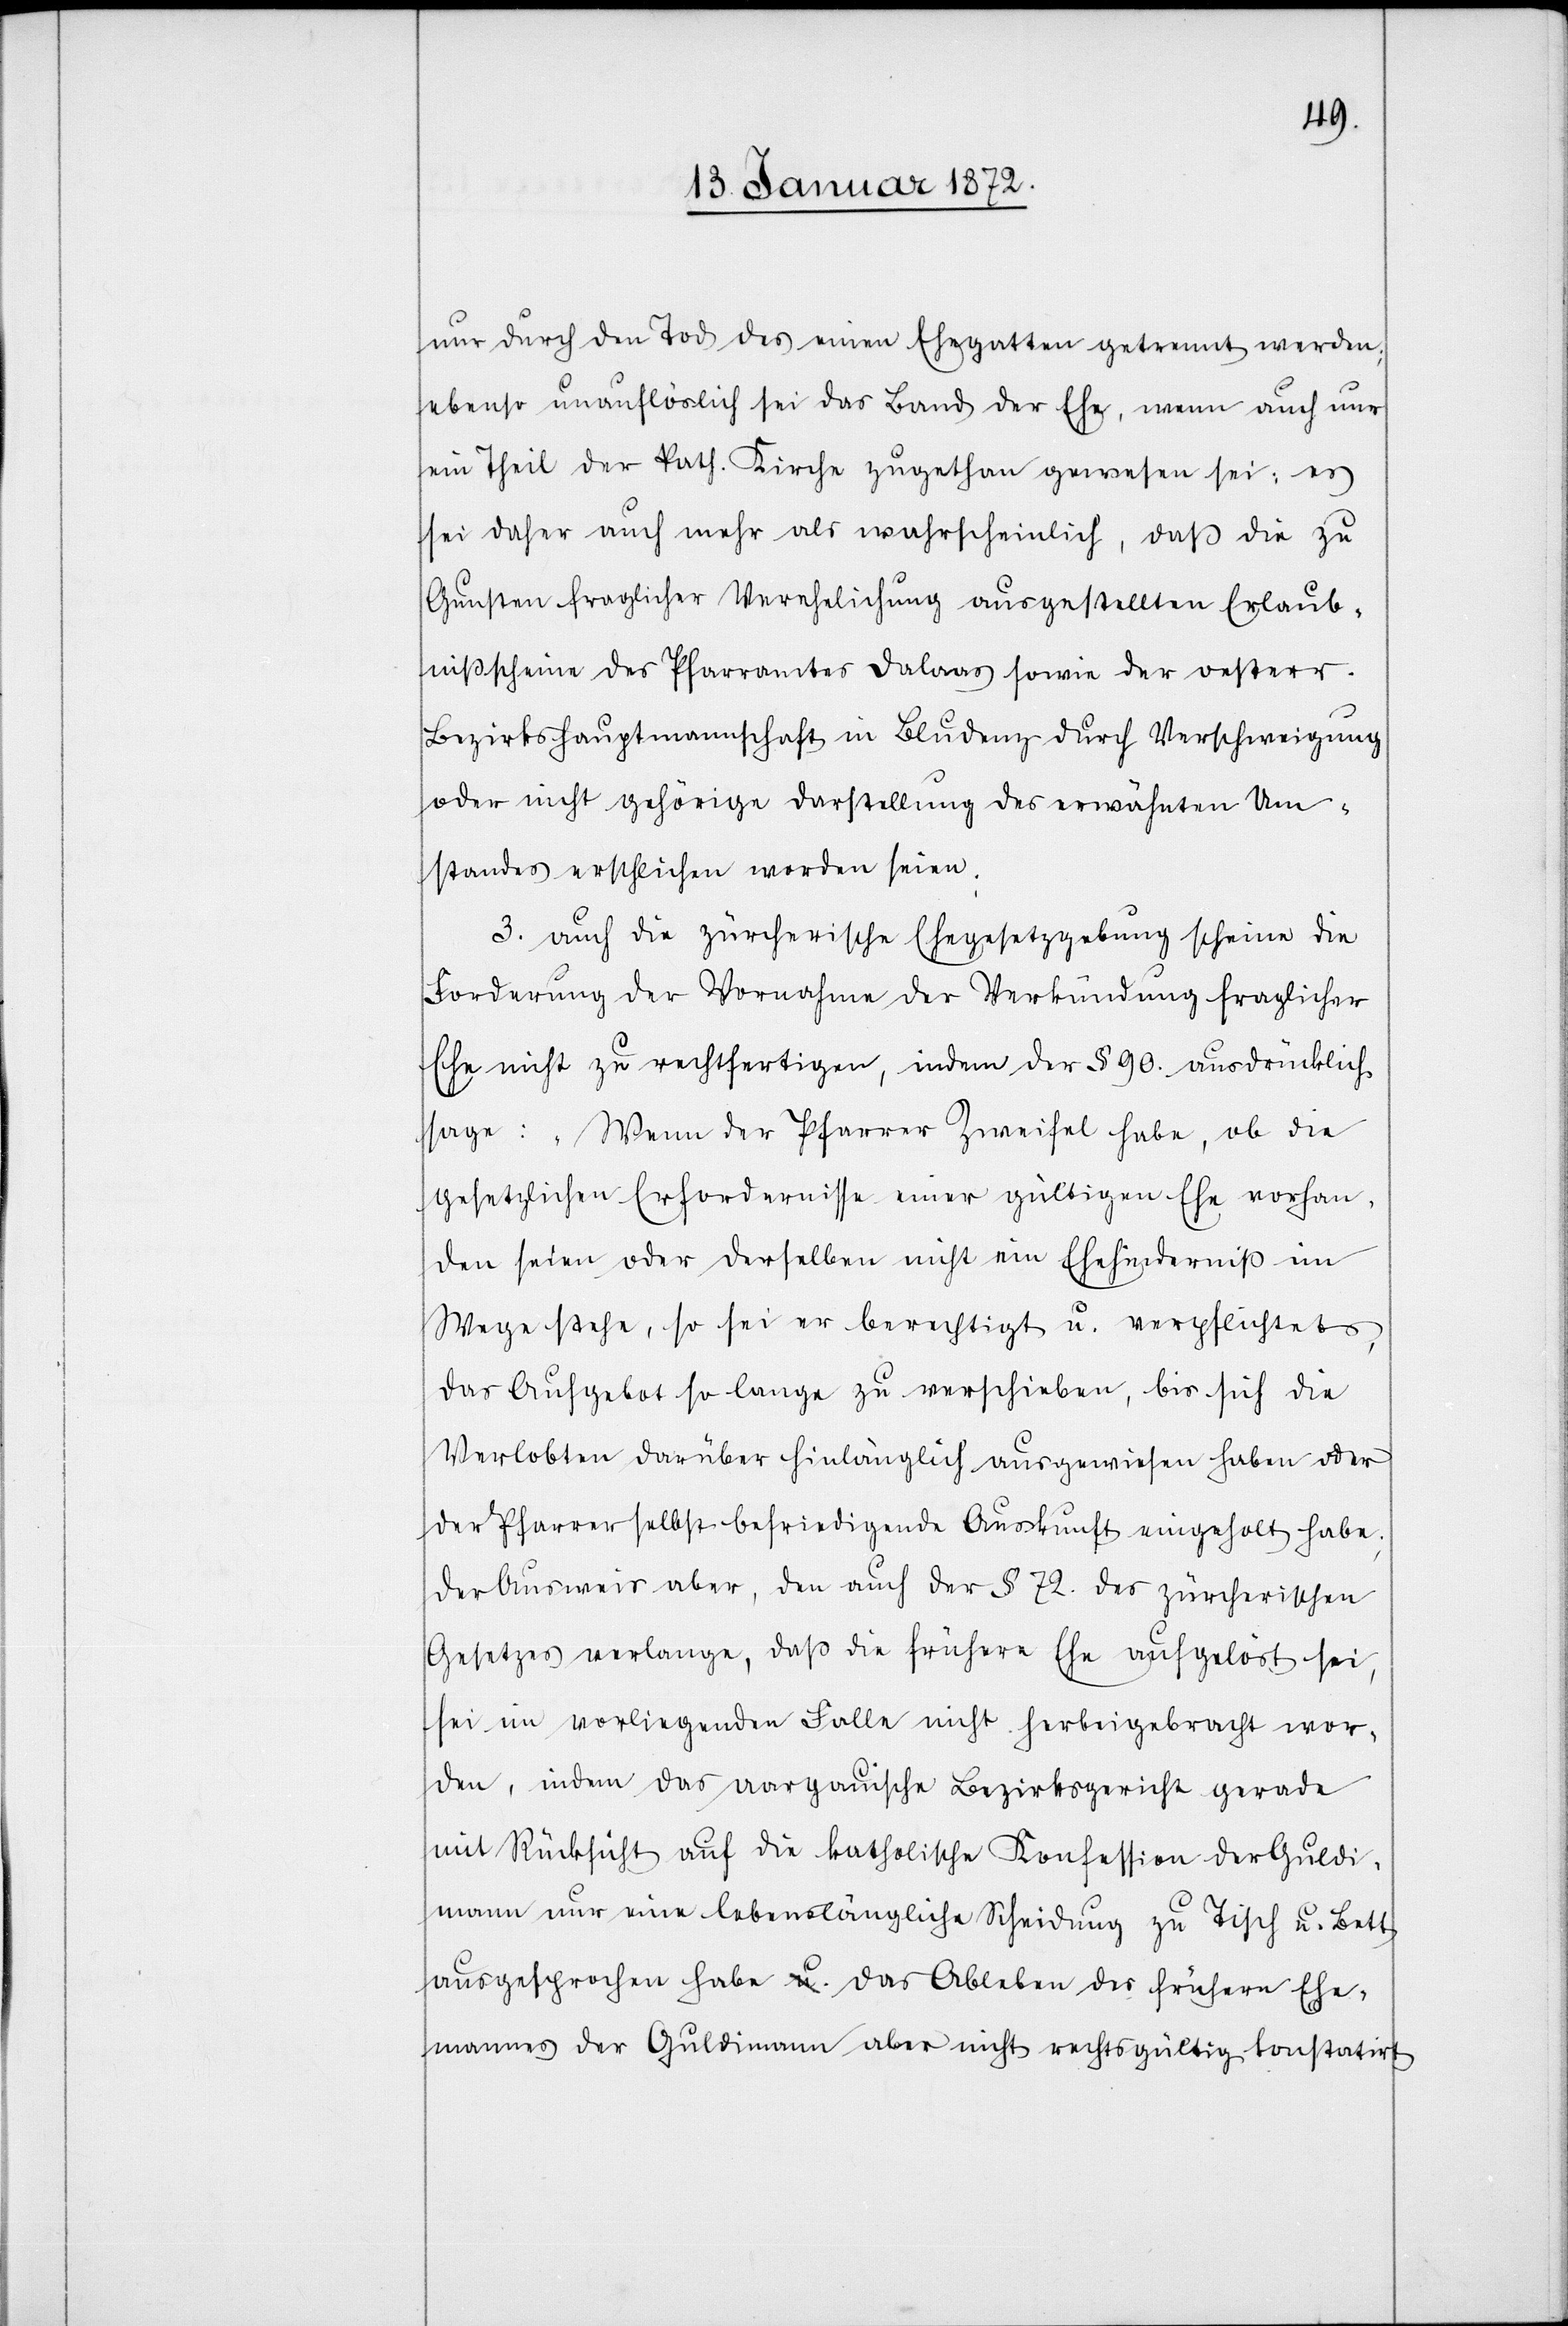
nur durch den Tod des einen Ehegatten getrennt werden;
ebenso unauflöslich sei das Band der Ehe, wenn auch nur
ein Thei der kath. Kirche zugethan gewesen sei: es
sei daher auch mehr als wahrscheinlich, daß die zu
Gunsten fraglicher Verehelichung ausgestellten Erlaub¬
nißscheine des Pfarramtes Dalaas sowie der oesterr.
Bezirkshauptmannschaft in Bludenz durch Verschweigung
oder nicht gehörige Darstellung des erwähnten Um¬
standes erschlichen worden seien.
3. auch die zürcherische Ehegesetzgebung scheine die
Forderung der Vornahme der Verkündung fraglicher
Ehe nicht zu rechtfertigen, indem der § 90. ausdrücklich
sage: „Wenn der Pfarrer Zweifel habe, ob die
gesetzlichen Erfordernisse einer gültigen Ehe vorhan¬
den seien oder derselben nicht ein Ehehinderniß im
Wege stehe, so sei er berechtigt u. verpflichtet,
das Aufgebot so lange zu verschieben, bis sich die
Verlobten darüber hinlänglich ausgewiesen haben oder
der Pfarrer selbst befriedigende Auskunft eingeholt habe;
der Ausweis aber, den auch der § 72. des zürcherischen
Gesetzes verlange, daß die frühere Ehe aufgelöst sei,
sei im vorliegenden Falle nicht herbeigebracht wor¬
den, indem das aargauische Bezirksgericht gerade
mit Rücksicht auf die kathoische Konfession der Guldi¬
mann nur eine lebenslängliche Scheidung zu Tisch u. Bett
ausgesprochen habe u. das Ableben des frühern Ehe¬
mannes der Guldimann aber nicht rechtsgültig konstatirt